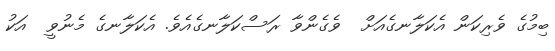
ބިމުގެ ވެރިކަން އެކަލާނގެއަށް  ވެގެންވާ ރަސްކަލާނގެއެވެ. އެކަލާނގެ މެނުވީ  އަކު